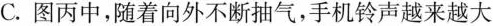
C.图丙中，随着向外不断抽气，手机铃声越来越大